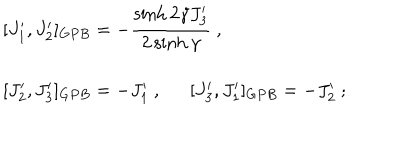
LaTeX: \begin{array} { l } { { [ J _ { 1 } ^ { \prime } , J _ { 2 } ^ { \prime } ] _ { G P B } = - \displaystyle \displaystyle \frac { \sinh 2 \gamma J _ { 3 } ^ { \prime } } { 2 \sinh \gamma } ~ , } } \\ { { [ J _ { 2 } ^ { \prime } , J _ { 3 } ^ { \prime } ] _ { G P B } = - J _ { 1 } ^ { \prime } ~ , { } [ J _ { 3 } ^ { \prime } , J _ { 1 } ^ { \prime } ] _ { G P B } = - J _ { 2 } ^ { \prime } ~ ; } } \\ \end{array}